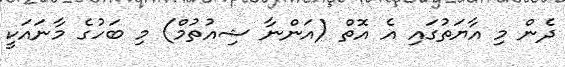
ދެން މި އާޔަތުގައި އެ އޮތް (އަންނާ ޝިއުތުމް) މި ބަހުގެ މާނައަކީ